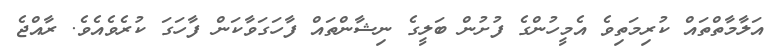
އަލާމާތްތައް ކުރިމަތިވެ އެމީހުންގެ ފުށުން ބަލީގެ ނިޝާންތައް ފާހަގަވާކަން ފާހަގަ ކުރެވެއެވެ. ރާއްޖެ